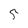
Character: 5